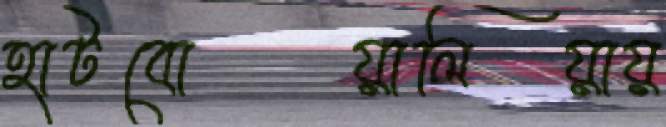
হাটবোয়ালিয়ায়